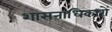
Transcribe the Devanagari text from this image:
शासनाधिकारों